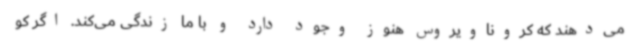
می‌دهند که کروناویروس هنوز وجود دارد و با ما زندگی می‌کند. اگر کو